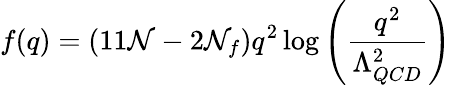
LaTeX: f(q)=(11\mathcal{N}-2\mathcal{N}_{f})q^{2}\log\left(\frac{{q^{2}}}{{\Lambda_{QCD}^{2}}}\right)